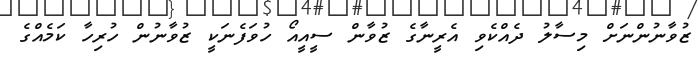
ޒުވާނުންނަށް މިސާލު ދެއްކެވި އެރީނާގެ ޒުވާން ސީއީއޯ ހުވަފެނަކީ ޒުވާނުން ހުރިހާ ކަމެއްގެ